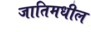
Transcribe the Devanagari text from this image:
जातिमधील